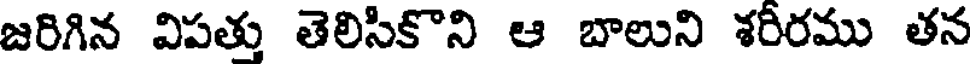
జరిగిన విపత్తు తెలిసికొని ఆ బాలుని శరీరము తన